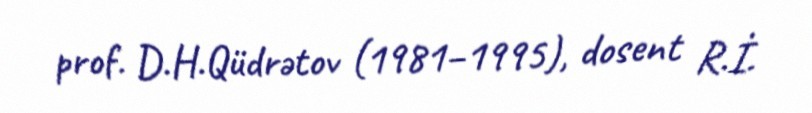
prof. D.H.Qüdrətov (1981–1995), dosent R.İ.